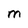
Character: M